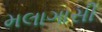
મલાગાસી